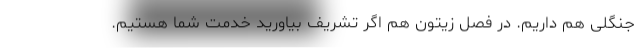
جنگلی هم داریم. در فصل زیتون هم اگر تشریف بیاورید خدمت شما هستیم.